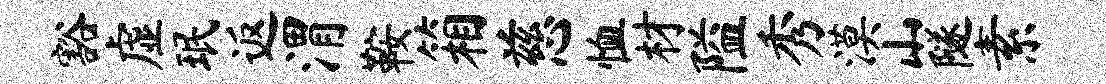
豁虚珉返渭鞍箱慈恤材隘秀漠山隧素